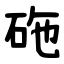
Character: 砤